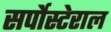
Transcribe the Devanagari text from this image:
सर्पोस्टेराल